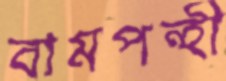
বামপন্হী